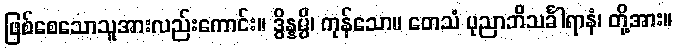
ဖြစ်စေသောသူအားလည်းကောင်း။ ဒွိန္နမ္ပိ၊ ကုန်သော။ တေသံ ပုညာဘိသင်္ခါရာနံ၊ တို့အား။